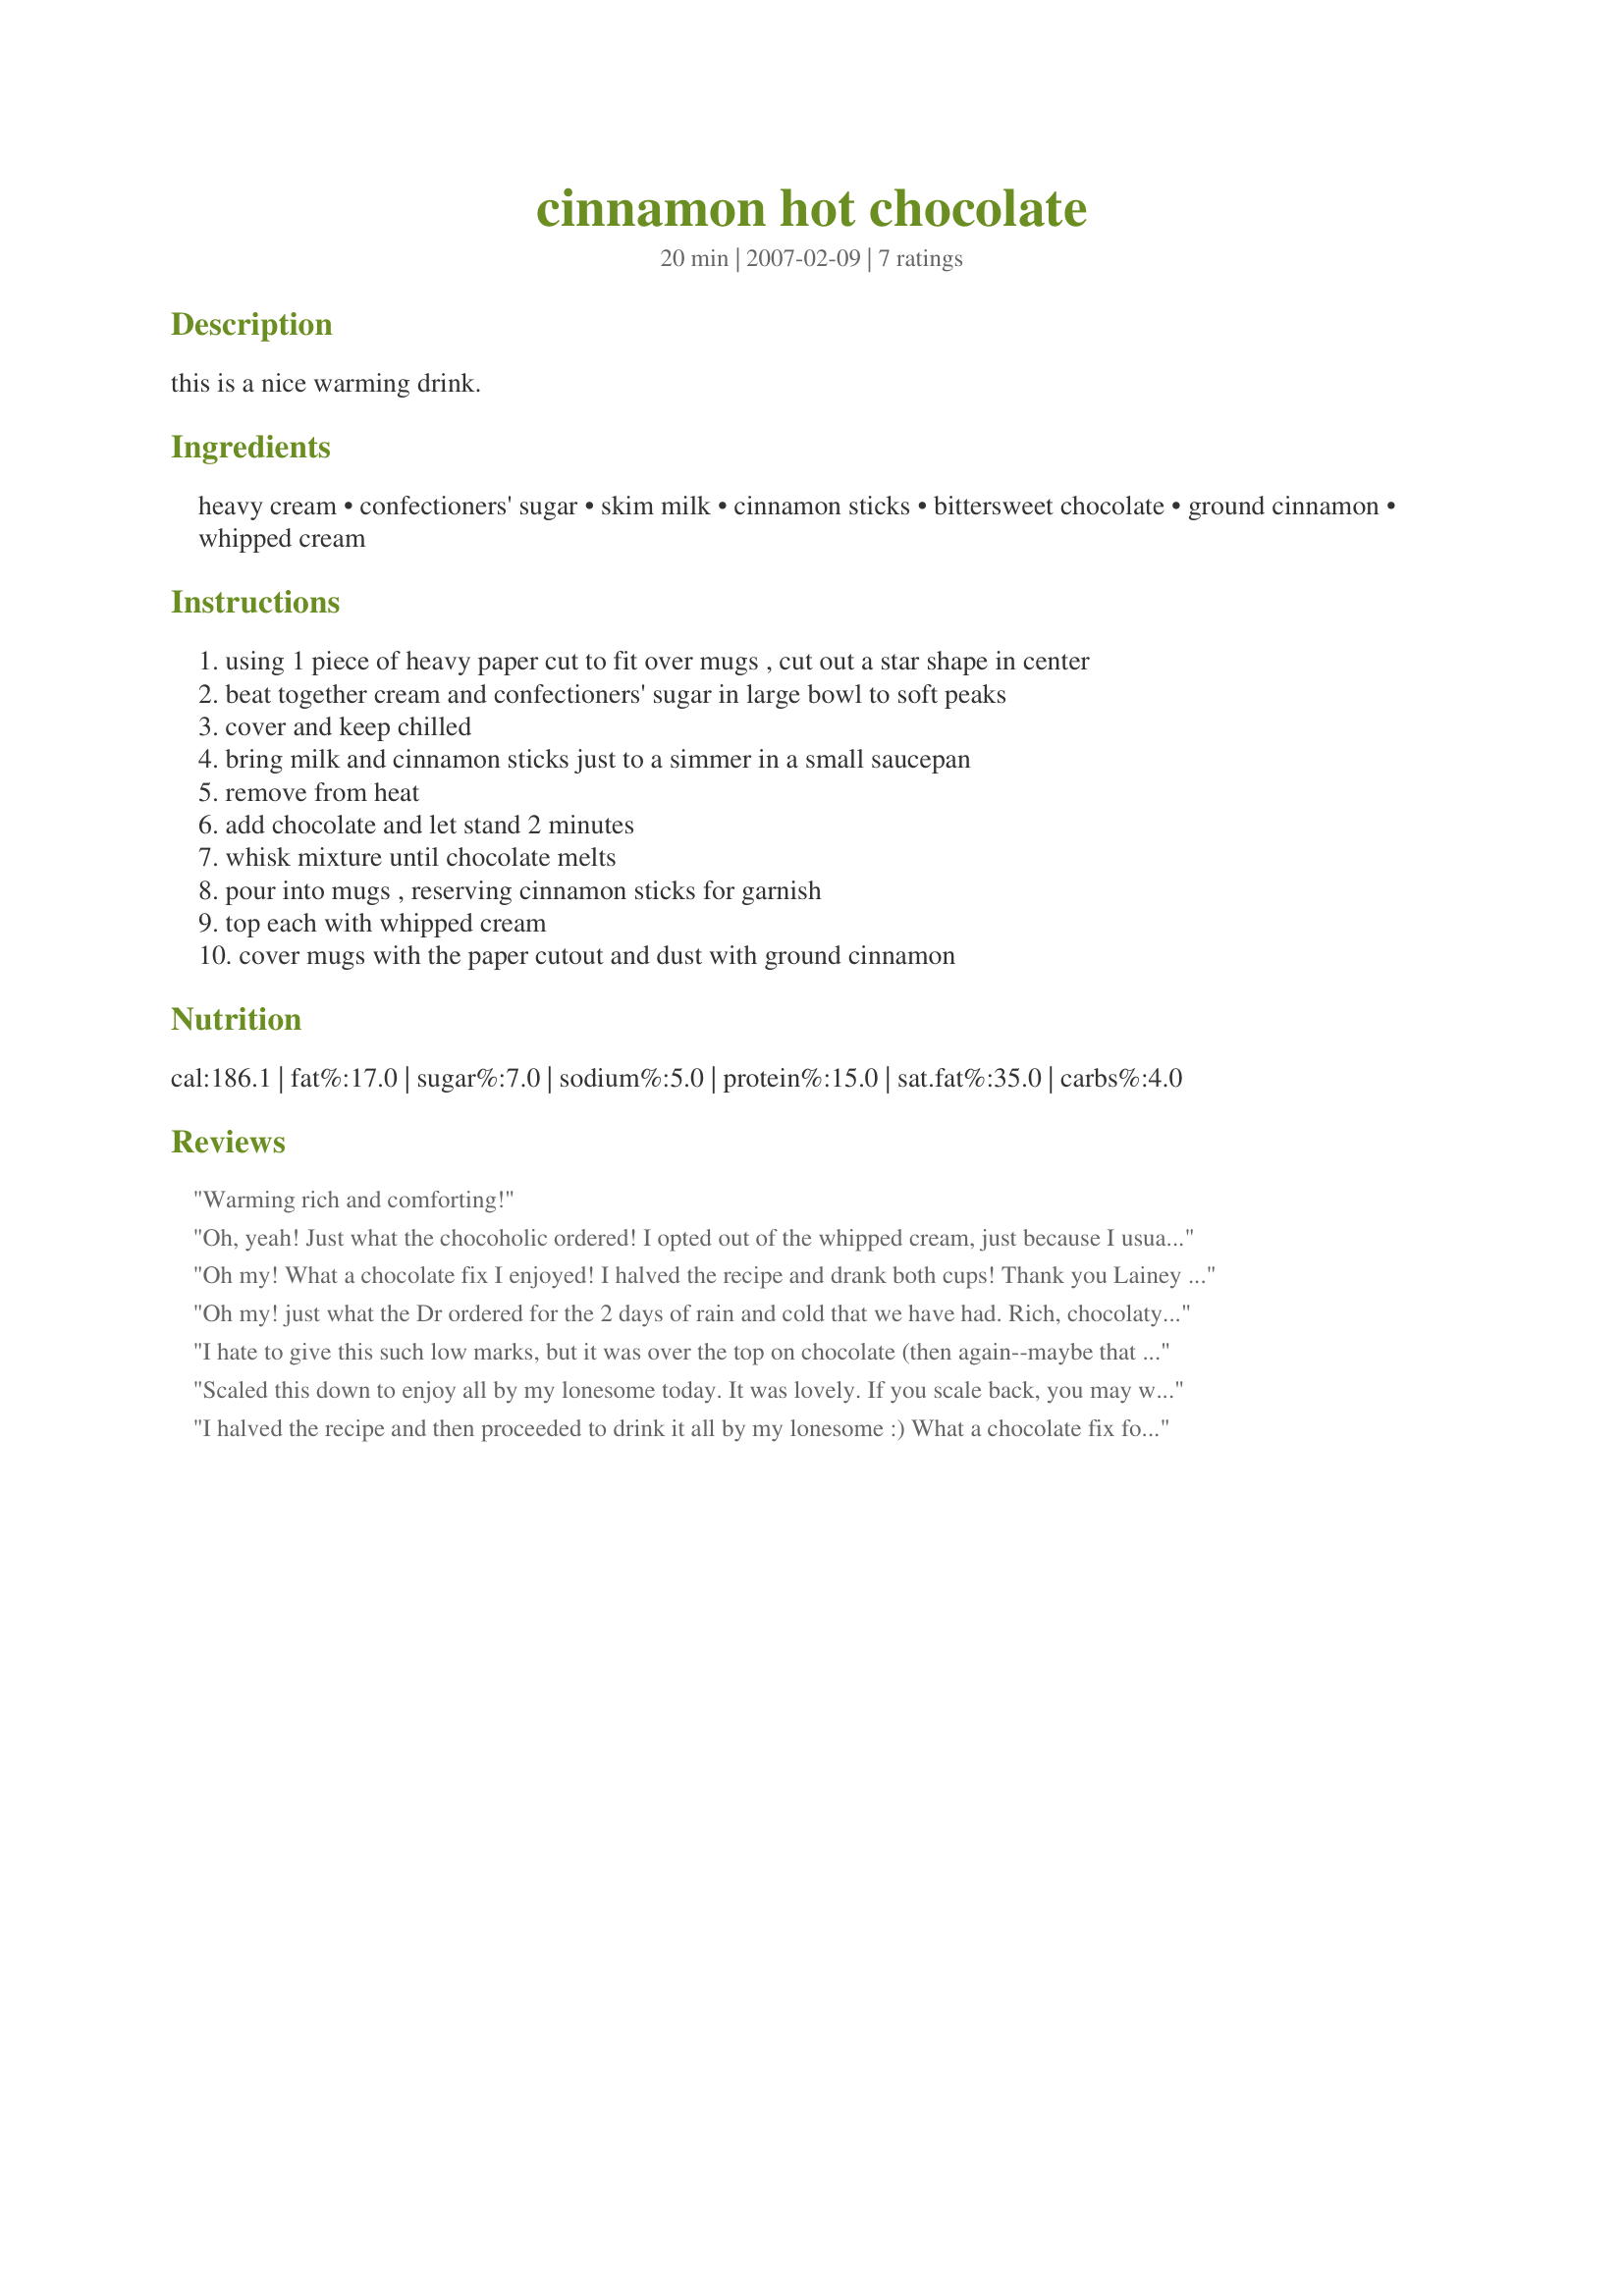
cinnamon hot chocolate
Preparation time: 20 minutes

this is a nice warming drink.

Ingredients:
heavy cream, confectioners' sugar, skim milk, cinnamon sticks, bittersweet chocolate, ground cinnamon, whipped cream

Steps:
using 1 piece of heavy paper cut to fit over mugs , cut out a star shape in center
beat together cream and confectioners' sugar in large bowl to soft peaks
cover and keep chilled
bring milk and cinnamon sticks just to a simmer in a small saucepan
remove from heat
add chocolate and let stand 2 minutes
whisk mixture until chocolate melts
pour into mugs , reserving cinnamon sticks for garnish
top each with whipped cream
cover mugs with the paper cutout and dust with ground cinnamon

Reviews:
Warming rich and comforting!
Oh, yeah! Just what the chocoholic ordered! I opted out of the whipped cream, just because I usually end up stirring it in, & I didn't want to dilute the chocolate one bit! Absolutely great tasting {I should know, 'cause I drank it all, over a short period of time! Thanks for the posting! Made for Cupid's Choice Beverage Tag Game
Oh my! What a chocolate fix I enjoyed! I halved the recipe and drank both cups! Thank you Lainey for a morning treat!
Oh my! just what the Dr ordered for the 2 days of rain and cold that we have had. Rich, chocolaty and very comforting! To my figuring 12 ounces of chocolate into 4 servings comes out to 3oz per cup so that is what I used. The fact that I simply love bittersweet didn't hurt any. Changes: I used fat free evaporated milk in place of the cream and Splenda for the sugar. I also added a good dash of cinnamon into the steaming pot and skipped the whipped cream.
I hate to give this such low marks, but it was over the top on chocolate (then again--maybe that isn't such a bad thing). The flavor was good--and it was RICH. I cut the recipe in half because chocolate I used was $1/oz. and even then, I only used 3.5 ounce of chocolate for 1 1/2 cups of milk (just over half of what was called for). It was so heavy on the chocolate even my teenager daughter could only handle a sip before she "milked" it down with a couple of cups more milk. I think what this would be great for is to pour a bit into a cup of hot coffee.
Scaled this down to enjoy all by my lonesome today. It was lovely. If you scale back, you may want to beat the tiny amount of cream with an immersion blender - I have a special kind of wand that did the trick. The dusting of cinnamon over top was a treat.
I halved the recipe and then proceeded to drink it all by my lonesome :) What a chocolate fix for me! Thanks for sharing Lainey.
Made for Zaar Stars Tag Game. Linda
